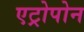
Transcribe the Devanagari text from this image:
एट्रोपोन